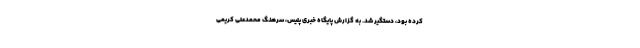
کرده بود، دستگیر شد. به گزارش پایگاه خبری پلیس، سرهنگ محمدعلی کریمی